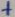
Text: +